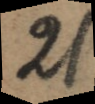
21